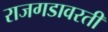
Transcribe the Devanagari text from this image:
राजगडावरती